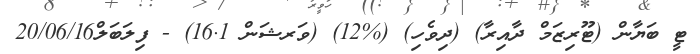
ޓީ ބަޔާން (ޓޫރިޒަމް ދާއިރާ) (ދިވެހި) (%12) (ވަރޝަން 16.1) - ފިލަބަލް20/06/16